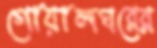
গোয়ালঘরের